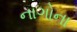
નાગોના